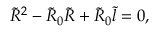
\tilde { R } ^ { 2 } - \tilde { R } _ { 0 } \tilde { R } + \tilde { R } _ { 0 } \tilde { l } = 0 ,